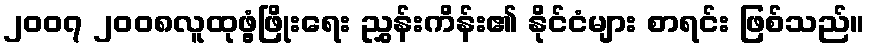
၂၀၀၇ ၂၀၀၈လူထုဖွံ့ဖြိုးရေး ညွှန်းကိန်း၏ နိုင်ငံများ စာရင်း ဖြစ်သည်။